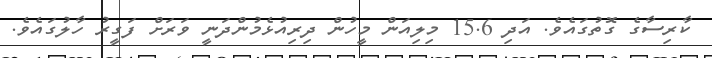
ކާރިސާގެ ގޮތުގައެވެ. އަދި 15.6 މިލިއަން މީހުން ދިރިއުޅެމުންދަނީ ވަރަށް ފަގީރު ހާލުގައެވެ.